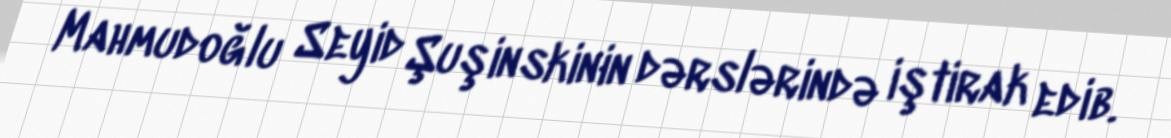
Mahmudoğlu Seyid Şuşinskinin dərslərində iştirak edib.